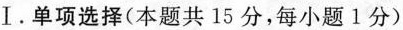
Ⅰ.单项选择(本题共 15 分,每小题1 分)